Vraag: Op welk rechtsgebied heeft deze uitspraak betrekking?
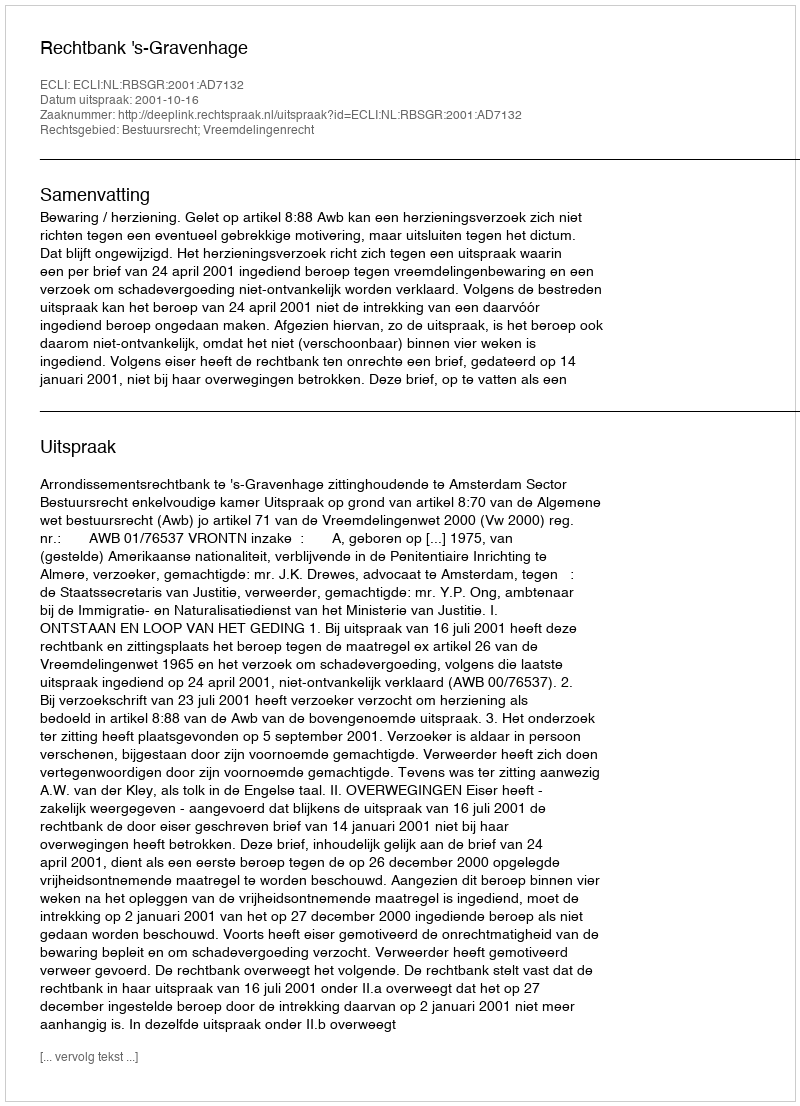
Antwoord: Bestuursrecht; Vreemdelingenrecht